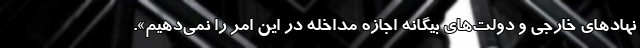
نهادهای خارجی و دولت‌های بیگانه اجازه مداخله در این امر را نمی‌دهیم».